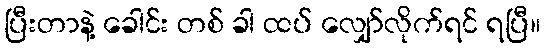
ပြီးတာနဲ့ ခေါင်း တစ် ခါ ထပ် လျှော်လိုက်ရင် ရပြီ။